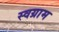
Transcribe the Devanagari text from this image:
स्वग्राम